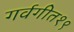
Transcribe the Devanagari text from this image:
गर्वगीत१९